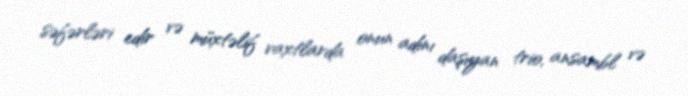
səfərləri edir və müxtəlif vaxtlarda onun adını daşıyan trio, ansambl və